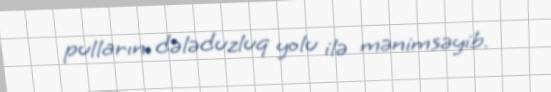
pullarını dələduzluq yolu ilə mənimsəyib.